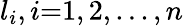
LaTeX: l_{i},i{=}1,2,...,n